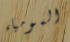
المومياء